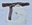
Text: T